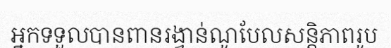
អ្នកទទួលបានពានរង្វាន់ណូបែលសន្តិភាពរូប